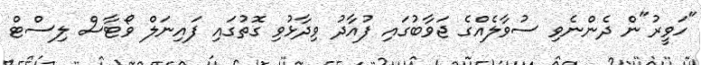
"ހަވީރު"ން ދެންނެވި ސުވާލެއްގެ ޖަވާބުގައި ފުއާދު ވިދާޅުވި ގޮތުގައި ފައިނަލް ވޯޓާސް ލިސްޓް